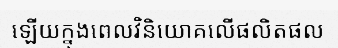
ឡើយក្នុងពេលវិនិយោគលើផលិតផល